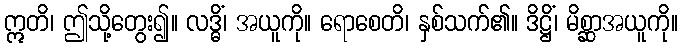
ဣတိ၊ ဤသို့တွေး၍။ လဒ္ဓိံ၊ အယူကို။ ရောစေတိ၊ နှစ်သက်၏။ ဒိဋ္ဌိံ၊ မိစ္ဆာအယူကို။